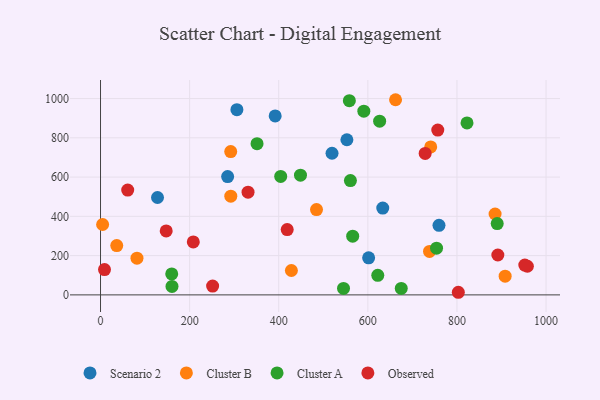
{"axis": {"x": "Investment", "y": "Yield"}, "legend": ["Cluster A", "Cluster B", "Observed", "Scenario 2"], "data": [{"x": "633.5", "y": 442.1, "type": "Scenario 2"}, {"x": "601.8", "y": 188.7, "type": "Scenario 2"}, {"x": "127.9", "y": 495.9, "type": "Scenario 2"}, {"x": "519.6", "y": 721.4, "type": "Scenario 2"}, {"x": "285.3", "y": 602.4, "type": "Scenario 2"}, {"x": "306.1", "y": 943.3, "type": "Scenario 2"}, {"x": "759.7", "y": 354.3, "type": "Scenario 2"}, {"x": "553.0", "y": 790.1, "type": "Scenario 2"}, {"x": "392.0", "y": 911.5, "type": "Scenario 2"}, {"x": "36.4", "y": 250.9, "type": "Cluster B"}, {"x": "908.2", "y": 95.1, "type": "Cluster B"}, {"x": "741.1", "y": 753.7, "type": "Cluster B"}, {"x": "484.8", "y": 434.7, "type": "Cluster B"}, {"x": "662.2", "y": 994.0, "type": "Cluster B"}, {"x": "4.7", "y": 358.4, "type": "Cluster B"}, {"x": "428.4", "y": 124.1, "type": "Cluster B"}, {"x": "81.8", "y": 187.2, "type": "Cluster B"}, {"x": "885.6", "y": 412.0, "type": "Cluster B"}, {"x": "738.4", "y": 221.4, "type": "Cluster B"}, {"x": "292.4", "y": 502.8, "type": "Cluster B"}, {"x": "292.2", "y": 730.1, "type": "Cluster B"}, {"x": "626.5", "y": 884.5, "type": "Cluster A"}, {"x": "558.5", "y": 989.1, "type": "Cluster A"}, {"x": "404.4", "y": 603.1, "type": "Cluster A"}, {"x": "622.3", "y": 99.6, "type": "Cluster A"}, {"x": "566.0", "y": 298.8, "type": "Cluster A"}, {"x": "159.8", "y": 106.7, "type": "Cluster A"}, {"x": "754.2", "y": 237.9, "type": "Cluster A"}, {"x": "545.4", "y": 32.7, "type": "Cluster A"}, {"x": "160.4", "y": 43.1, "type": "Cluster A"}, {"x": "448.8", "y": 609.7, "type": "Cluster A"}, {"x": "675.0", "y": 33.0, "type": "Cluster A"}, {"x": "351.3", "y": 770.2, "type": "Cluster A"}, {"x": "560.9", "y": 582.3, "type": "Cluster A"}, {"x": "890.4", "y": 363.3, "type": "Cluster A"}, {"x": "822.6", "y": 875.9, "type": "Cluster A"}, {"x": "591.0", "y": 935.7, "type": "Cluster A"}, {"x": "958.1", "y": 145.9, "type": "Observed"}, {"x": "61.0", "y": 533.7, "type": "Observed"}, {"x": "728.7", "y": 720.5, "type": "Observed"}, {"x": "757.0", "y": 839.2, "type": "Observed"}, {"x": "251.6", "y": 45.0, "type": "Observed"}, {"x": "147.4", "y": 325.7, "type": "Observed"}, {"x": "952.3", "y": 151.8, "type": "Observed"}, {"x": "891.8", "y": 203.1, "type": "Observed"}, {"x": "8.9", "y": 129.0, "type": "Observed"}, {"x": "803.1", "y": 13.3, "type": "Observed"}, {"x": "331.1", "y": 523.3, "type": "Observed"}, {"x": "208.2", "y": 269.7, "type": "Observed"}, {"x": "419.0", "y": 332.6, "type": "Observed"}]}